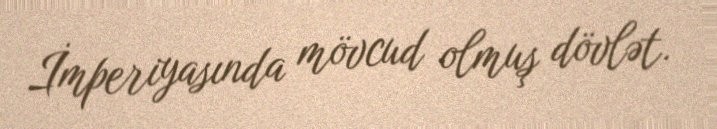
İmperiyasında mövcud olmuş dövlət.